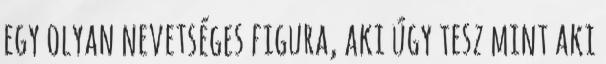
egy olyan nevetséges figura, aki úgy tesz mint aki